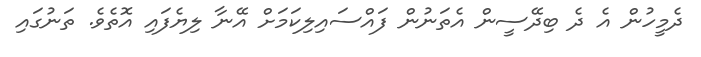
ދެމީހުން އެ ދެ ބިދޭސީން އެތަނުން ފައްސައިލިކަމަށް އޭނާ ލިޔެފައި އޮތެވެ. ތަނުގައި